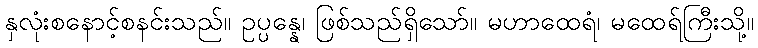
နှလုံးစနောင့်စနင်းသည်။ ဥပ္ပန္နေ၊ ဖြစ်သည်ရှိသော်။ မဟာထေရံ၊ မထေရ်ကြီးသို့။